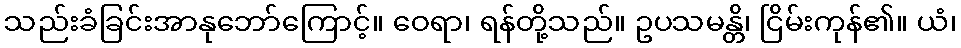
သည်းခံခြင်းအာနုဘော်ကြောင့်။ ဝေရာ၊ ရန်တို့သည်။ ဥပသမန္တိ၊ ငြိမ်းကုန်၏။ ယံ၊